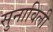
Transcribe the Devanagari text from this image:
सुनाविली